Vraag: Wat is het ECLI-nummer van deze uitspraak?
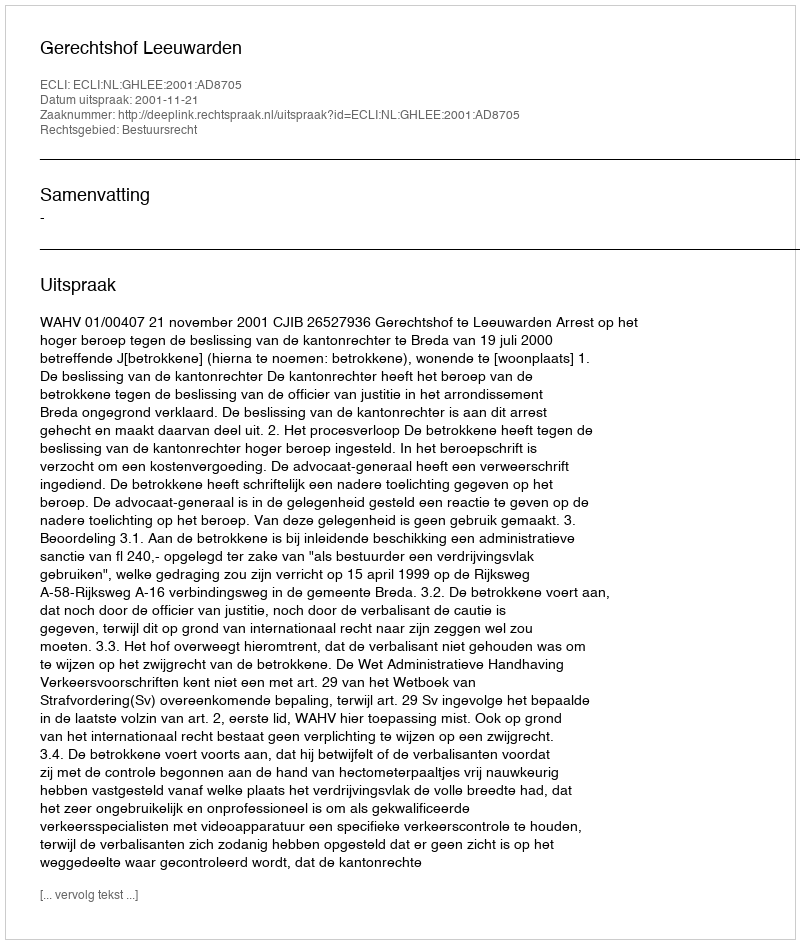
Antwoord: ECLI:NL:GHLEE:2001:AD8705